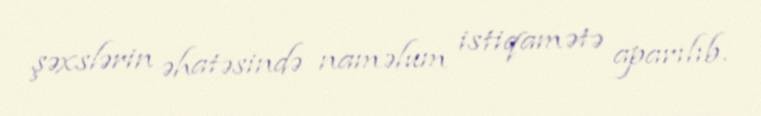
şəxslərin əhatəsində naməlum istiqamətə aparılıb.